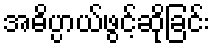
အဓိပ္ပာယ်ဖွင့်ဆိုခြင်း